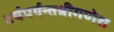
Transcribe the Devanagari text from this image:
वर्षपर्यन्तश्रीगणेश